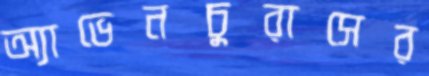
অ্যাভেনচুরাসের